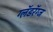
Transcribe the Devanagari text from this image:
ग्लॅडरॅग्ज